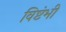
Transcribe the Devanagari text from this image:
विष्टंभी